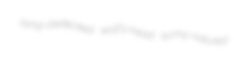
lamp-bedecked wolf's-head sunny-natured